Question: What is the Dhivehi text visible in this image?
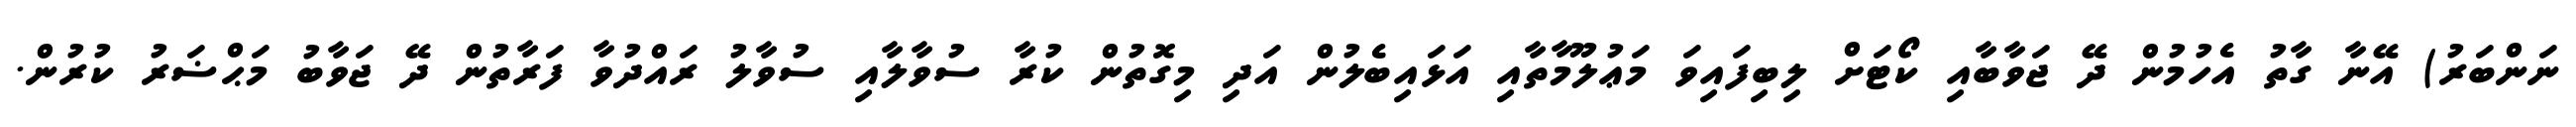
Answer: ނަންބަރު) އޭނާ ގާތު އެހުމުން ދޭ ޖަވާބާއި ކޯޓަށް ލިބިފައިވަ މަޢުލޫމާތާއި އަޅައިބެލުން އަދި މިގޮތުން ކުރާ ސުވާލާއި ސުވާލު ރައްދުވާ ފަރާތުން ދޭ ޖަވާބު މަޙްޟަރު ކުރުން.